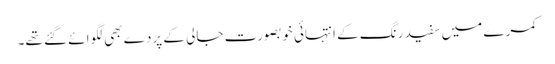
کمرے میں سفید رنگ کے انتہائی خوبصورت جالی کے پردے بھی لگوائے گئے تھے۔